Medical and sanitary report on the native army of Bombay for the year
Year: 1878
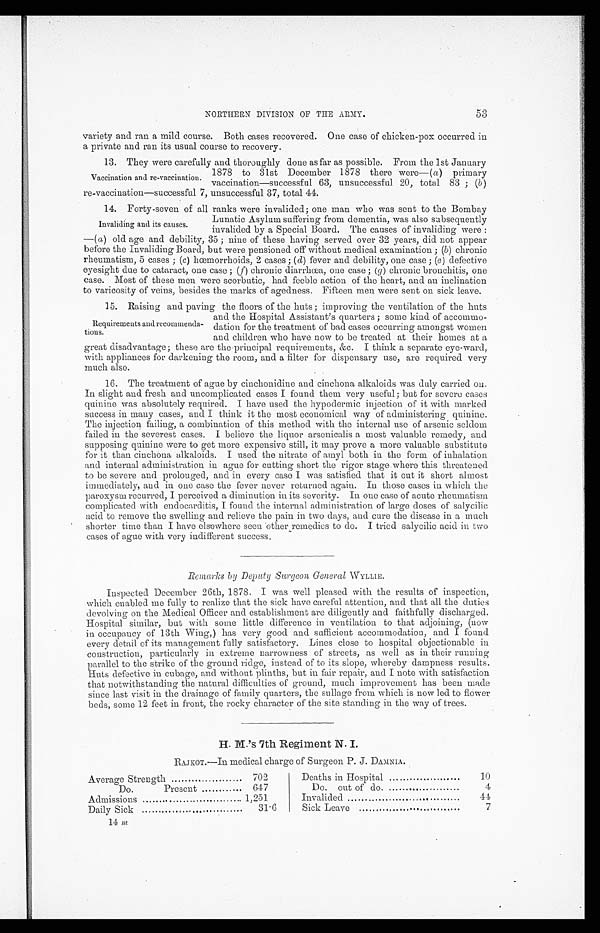
NORTHERN DIVISION OF THE ARMY.
53
variety and ran a mild course. Both cases recovered. One case of chicken-pox occurred in
a private and ran its usual course to recovery.
13. They were carefully and thoroughly done as far as possible. From the 1st January
Vaccination and re-vaccination.
1878 to 31st December 1878 there were—( a ) primary
vaccination—successful 63, unsuccessful 20, total 83; ( b)
re-vaccination—successful 7, unsuccessful 37, total 44.
14. Forty-seven of all ranks were invalided; one man who was sent to the Bombay
Invaliding and its causes,
Lunatic Asylum suffering from dementia, was also subsequently
invalided by a Special Board. The causes of invaliding were:
—( a ) old age and debility, 35; nine of these having served over 32 years, did not appear
before the Invaliding Board, but were pensioned off without medical examination; ( b) chronic
rheumatism, 5 cases; (c) hœmorrhoids, 2 cases; ( d) fever and debility, one case; (e) defective
eyesight due to cataract, one case; (f) chronic diarrhœa, one case; (g) chronic bronchitis, one
case. Most of these men were scorbutic, had feeble action of the heart, and an inclination
to varicosity of veins, besides the marks of agedness. Fifteen men were sent on sick leave.
15. Raising and paving the floors of the huts; improving the ventilation of the huts
Requirements and recommenda-
tions.
and the Hospital Assistant’s quarters; some kind of accommo-
dation for the treatment of bad cases occurring amongst women
and children who have now to be treated at their homes at a
great disadvantage; these are the-principal requirements, &c. I think a separate eye-ward,
with appliances for darkening the room, and a filter for dispensary use, are required very
much also.
16. The treatment of ague by cinchonidine and cinchona alkaloids was duly carried on.
In slight and fresh and uncomplicated cases I found them very useful; but for severe cases
quinine was absolutely required. I have used the hypodermic injection of it with marked
success in many cases, and I think it the most economical way of administering quinine.
The injection failing, a combination of this method with the internal use of arsenic seldom
failed in the severest cases. I believe the liquor arsenicalis a most valuable remedy, and
supposing quinine were to get more expensive still, it may prove a more valuable substitute
for it than cinchona alkaloids. I used the nitrate of amyl both in the form of inhalation
and internal administration in ague for cutting short the rigor stage where this threatened
to be severe and prolonged, and in every case I was satisfied that it cut it short almost
immediately, and in one case the fever never returned again. In those cases in which the
paroxysm recurred, I perceived a diminution in its severity. In one case of acute rheumatism
complicated with endocarditis, I found the internal administration of large doses of salycilic
acid to remove the swelling and relieve the pain in two days, and cure the disease in a much
shorter time than I have elsewhere seen other remedies to do. I tried salycilic acid in two
cases of ague with very indifferent success.
R e m a r k s b y D e p u t y S u r g e o n G e n e r a l
W Y L L I E .
Inspected December 26th, 1878. I was well pleased with the results of inspection,
which enabled me fully to realize that the sick have careful attention, and that all the duties
devolving on the Medical Officer and establishment are diligently and faithfully discharged.
Hospital similar, but with some little difference in ventilation to that adjoining, (now
in occupancy of 13th Wing,) has very good and sufficient accommodation, and I found
every detail of its management fully satisfactory. Lines close to hospital objectionable in
construction, particularly in extreme narrowness of streets, as well as in their running
parallel to the strike of the ground ridge, instead of to its slope, whereby dampness results.
Huts defective in cubage, and without plinths, but in fair repair, and I note with satisfaction
that notwithstanding the natural difficulties of ground, much improvement has been made
since last visit in the drainage of family quarters, the sullage from which is now led to flower
beds, some 12 feet in front, the rocky character of the site standing in the way of trees.
H. M.’s 7th Regiment N. I.
RAJKOT.—In medical charge of Surgeon P. J. DAMNIA.
Average Strength
702
Do.
Present
647
Admissions
1,251
Daily Sick
31.6
14 m
Deaths in Hospital
10
Do. out of do.
4
Invalided
44
Sick Leave
7